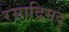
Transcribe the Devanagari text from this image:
रसादिमद्